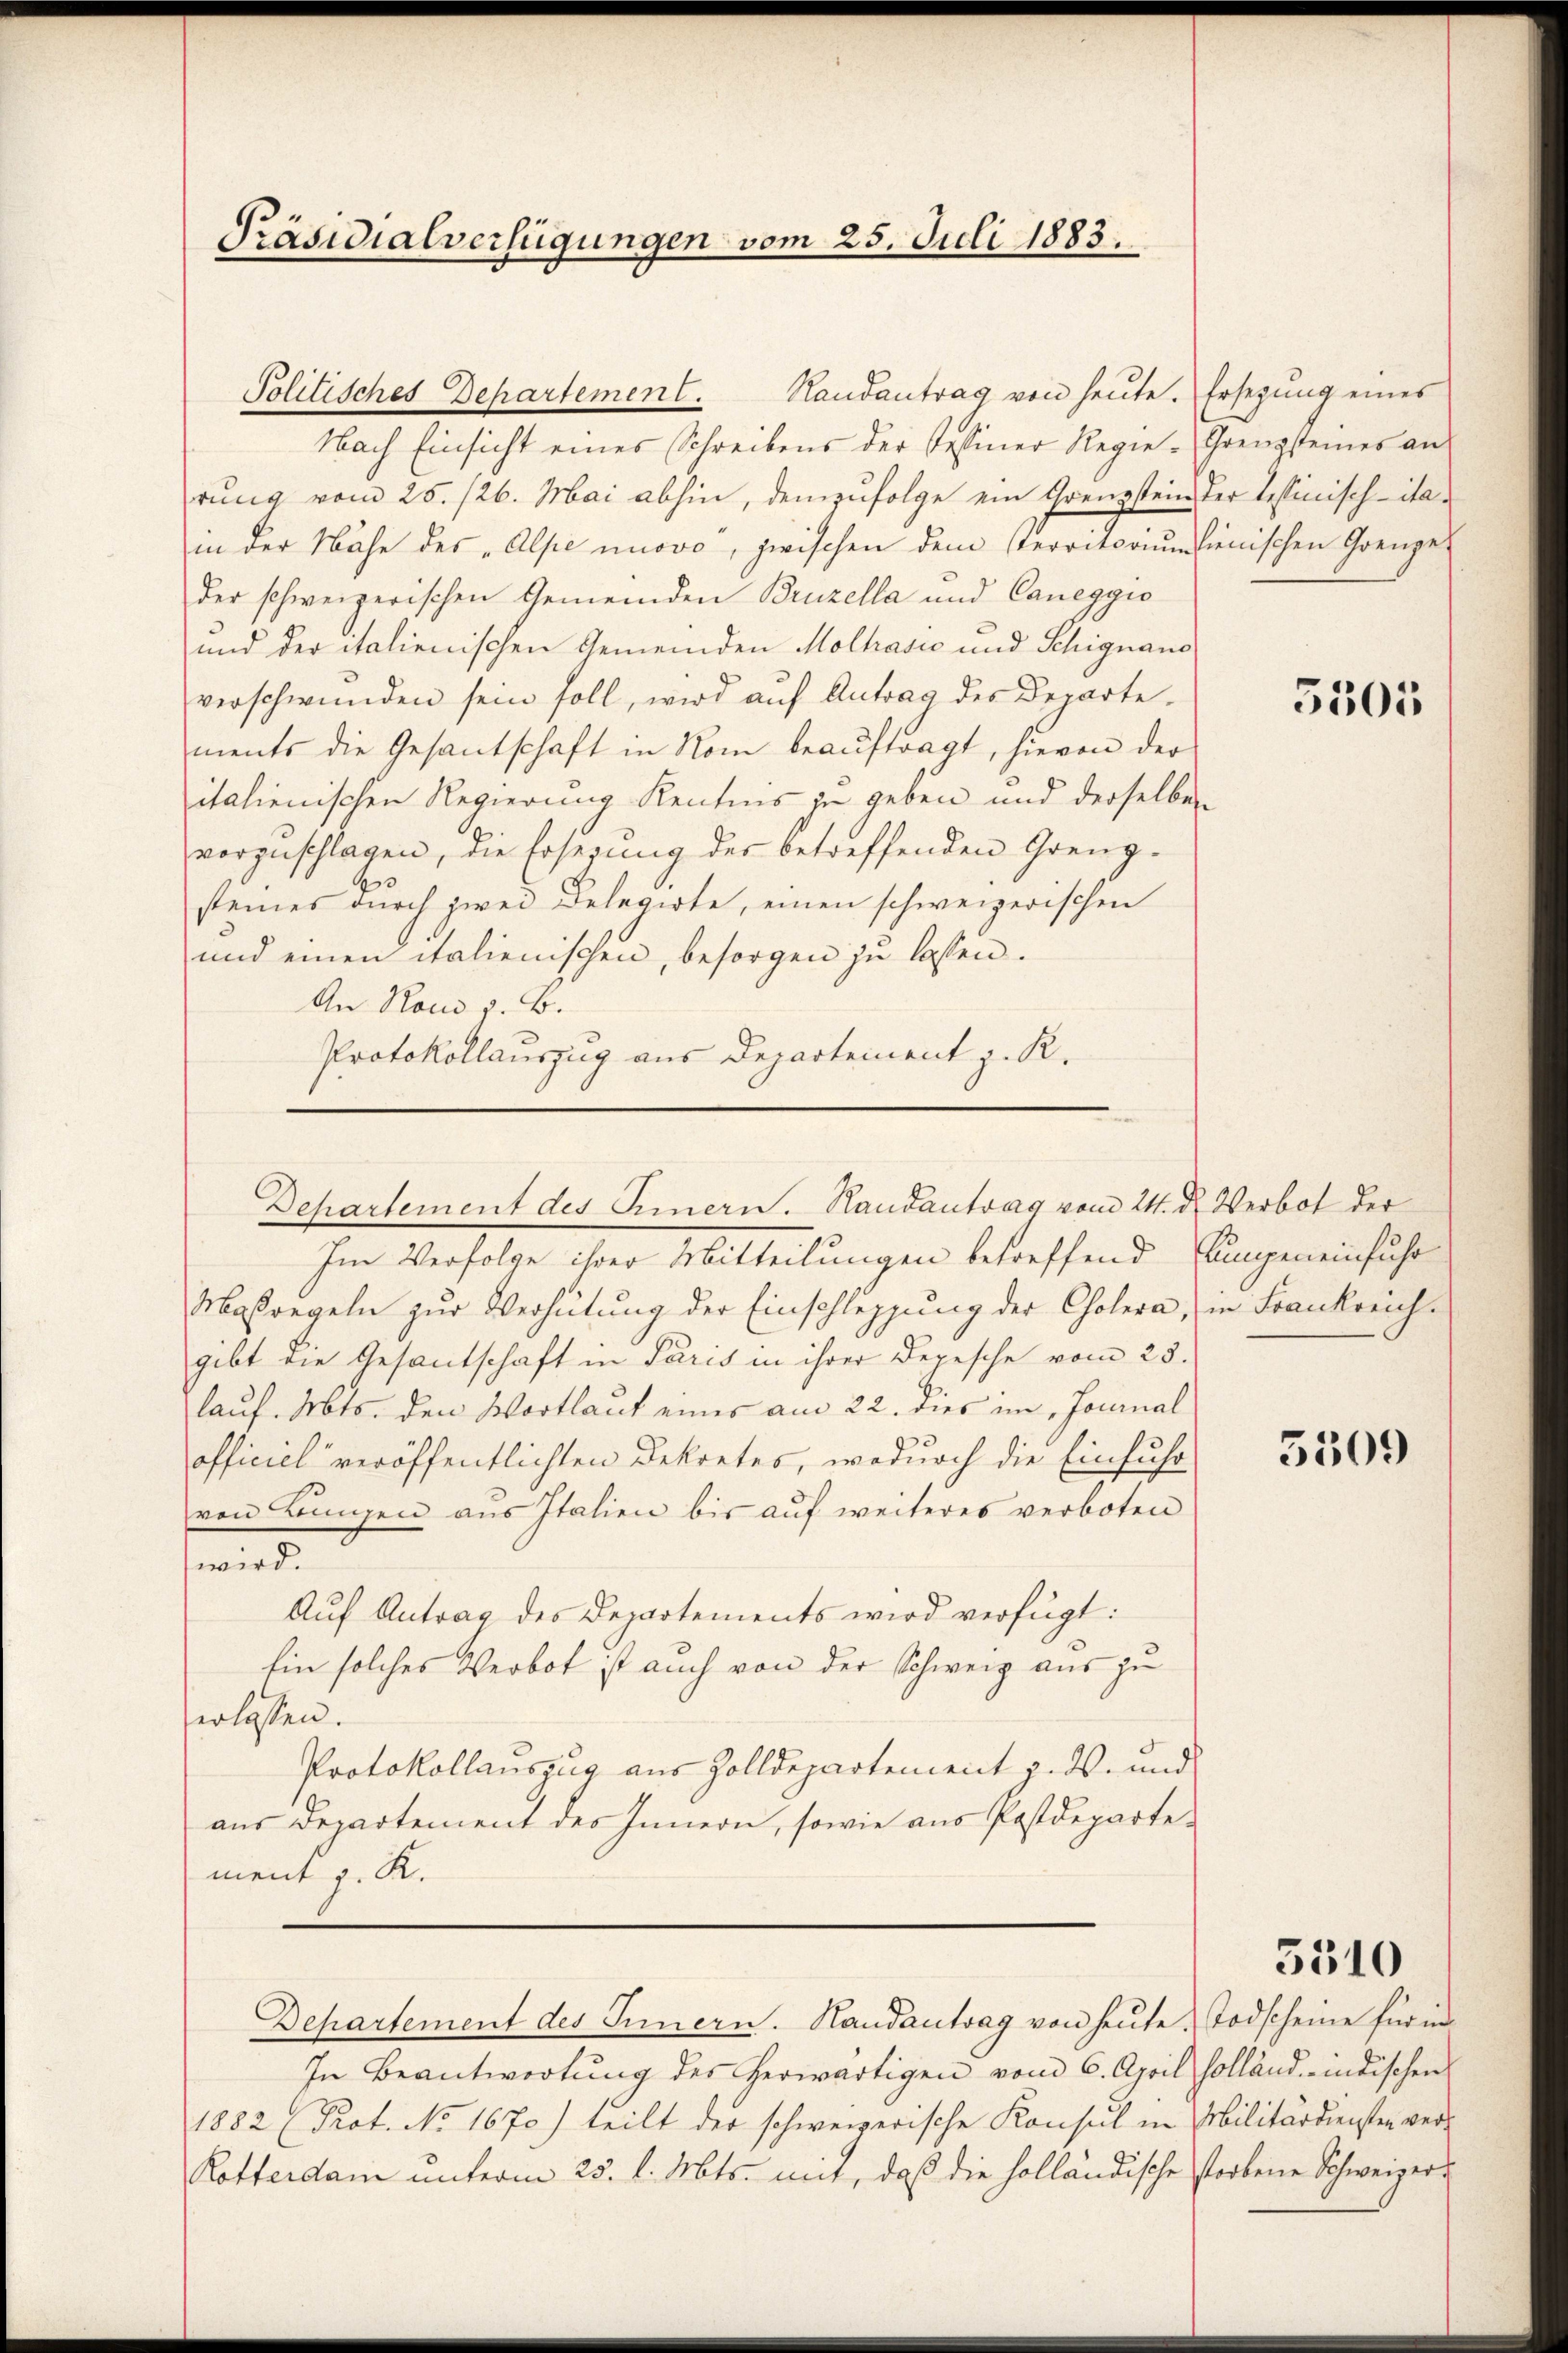
Präsidialverfügungen vom 25. Juli 1883.

Politisches Departement.
Nach Einsicht eines Schreibens der Tessiner Regie-Grenzsteines an
rung vom 25. 126. Mai abhin, demzufolge ein Grenzstein der Tessinisch-itain der Nähe des „Alpe unovo, zwischen dem sterritorumdienischen Grenze
der schweizerischen Gemeinden Bruzella und Caneggio
und der italienischen Gemeinden Molhašić und Schignano
verschwunden sein soll, wird auf Antrag des Departements die Gesantschaft in Rom beauftragt, hievon der
italienischen Regierung Kenntnis zu geben und derselben
vorzuschlagen, die Ersezung der betreffenden Grenz-
steines durch zwei Delegirte, einen schweizerischen
und einen italienischen, besorgen zu lassen.
An Rand z. B.
Protokollauszug aus Departement z. K.
Im Verfolge ihrer Mitteilungen betreffend ungeneinfuhr
Maßregeln zur Verhütung der Einschleppung der Cholera, in Frankreich-
gibt die Gesandschaft in Paris in ihrer Depesche vom 23.
lauf. Mts. den Wortlauf eines am 22. dies im Journal
officiel veröffentlichten Dekretes, wodurch die Einfuhr
von Lungen aus Italien bis aŭf weiteres verboten
wird.
Aŭf Antrag des Departements wird verfügt:
Ein solches Verbot ist auch von der Schweiz aus zu
erlassen.
Protokollauszug aus Zolldepartement z. ds. und
aus Departement des Innern, sowie aus Postdepartement z. R.
Departement des Innern. Handantrag von heute. Todscheine für in
In Beantwortung des herwärtigen vom 6. April holland, indischen
1882 (Prot. No 1670) teilt der schweizerische Konsul in Militärdiensten verl
Rotterdam unterm 25. d. Mts. mit, daß die holländische storbene Schweizer¬

Randantrag von heute. Ersezung eines

Departement des Innern. Handantrag vom 24. d. Verbot der

5305

5509

5510